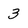
Character: 3